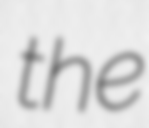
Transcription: the